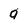
Character: q